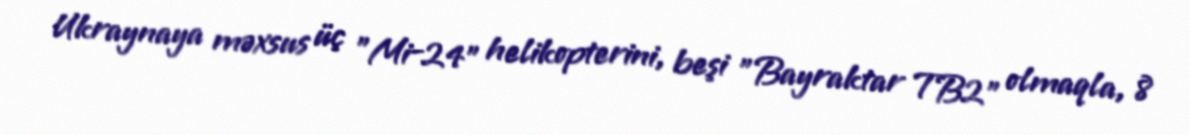
Ukraynaya məxsus üç "Mi-24" helikopterini, beşi "Bayraktar TB2" olmaqla, 8